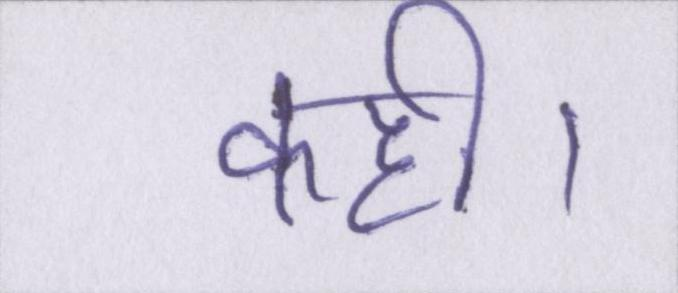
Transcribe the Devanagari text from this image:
कही।